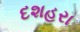
દશહરા